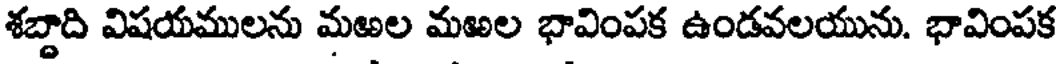
శబ్దాది విషయములను మఱల మఱల భావింపక ఉండవలయును. భావింపక